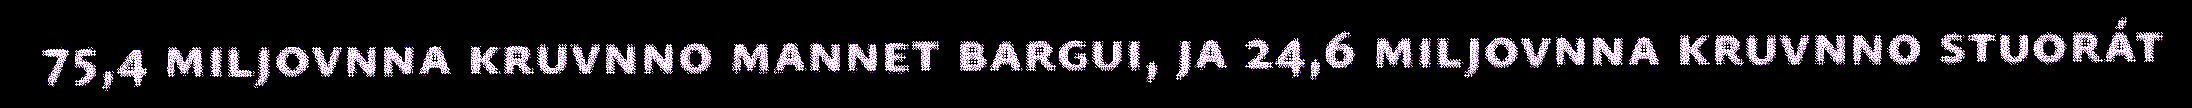
75,4 miljovnna kruvnno mannet bargui, ja 24,6 miljovnna kruvnno stuorát